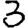
Digit: 3